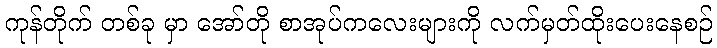
ကုန်တိုက် တစ်ခု မှာ အော်တို စာအုပ်ကလေးများကို လက်မှတ်ထိုးပေးနေစဉ်